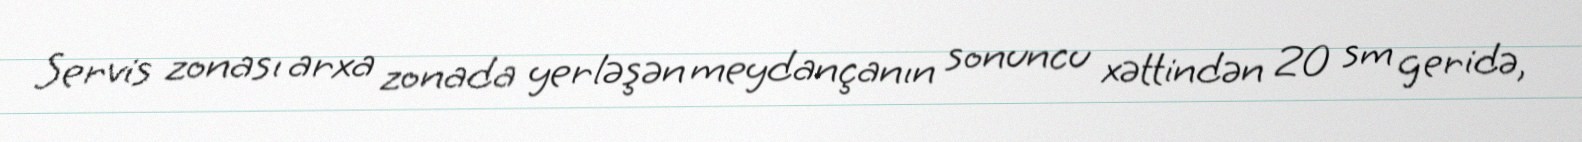
Servis zonası arxa zonada yerləşən meydançanın sonuncu xəttindən 20 sm geridə,